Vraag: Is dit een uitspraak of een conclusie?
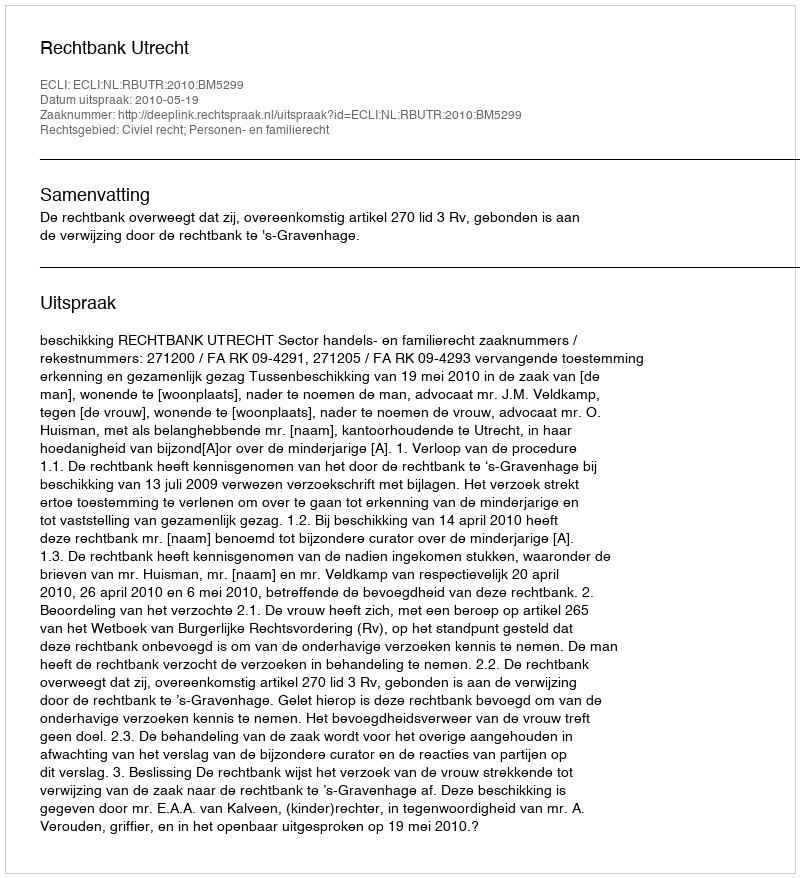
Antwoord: Uitspraak